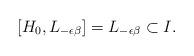
LaTeX: \begin{align*}[H_{0},L_{-\epsilon\beta}]=L_{-\epsilon\beta} \subset I.\end{align*}